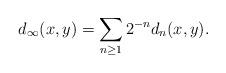
LaTeX: \begin{align*}d_{\infty}(x, y) = \sum_{n \geq 1} 2^{-n} d_{n}(x, y).\end{align*}